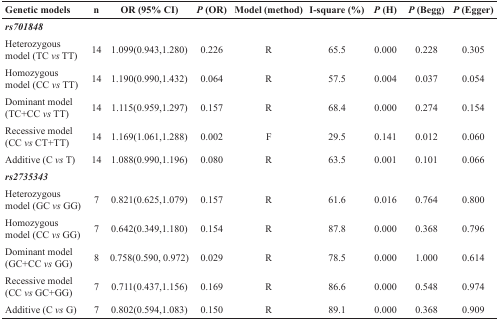
<table><thead><tr><td><b>Genetic models</b></td><td><b>n</b></td><td><b>OR (95% CI)</b></td><td><b><i>P</i> (OR)</b></td><td><b>Model (method)</b></td><td><b>I-square (%)</b></td><td><b><i>P</i> (H)</b></td><td><b><i>P</i> (Begg)</b></td><td><b><i>P</i> (Egger)</b></td></tr></thead><tbody><tr><td><b><i>rs701848</i></b></td><td></td><td></td><td></td><td></td><td></td><td></td><td></td><td></td></tr><tr><td>Heterozygous model (TC <i>vs</i> TT)</td><td>14</td><td>1.099(0.943,1.280)</td><td>0.226</td><td>R</td><td>65.5</td><td>0.000</td><td>0.228</td><td>0.305</td></tr><tr><td>Homozygous model (CC <i>vs</i> TT)</td><td>14</td><td>1.190(0.990,1.432)</td><td>0.064</td><td>R</td><td>57.5</td><td>0.004</td><td>0.037</td><td>0.054</td></tr><tr><td>Dominant model (TC+CC <i>vs</i> TT)</td><td>14</td><td>1.115(0.959,1.297)</td><td>0.157</td><td>R</td><td>68.4</td><td>0.000</td><td>0.274</td><td>0.154</td></tr><tr><td>Recessive model (CC <i>vs</i> CT+TT)</td><td>14</td><td>1.169(1.061,1.288)</td><td>0.002</td><td>F</td><td>29.5</td><td>0.141</td><td>0.012</td><td>0.060</td></tr><tr><td>Additive (C <i>vs</i> T)</td><td>14</td><td>1.088(0.990,1.196)</td><td>0.080</td><td>R</td><td>63.5</td><td>0.001</td><td>0.101</td><td>0.066</td></tr><tr><td><b><i>rs2735343</i></b></td><td></td><td></td><td></td><td></td><td></td><td></td><td></td><td></td></tr><tr><td>Heterozygous model (GC <i>vs</i> GG)</td><td>7</td><td>0.821(0.625,1.079)</td><td>0.157</td><td>R</td><td>61.6</td><td>0.016</td><td>0.764</td><td>0.800</td></tr><tr><td>Homozygous model (CC <i>vs</i> GG)</td><td>7</td><td>0.642(0.349,1.180)</td><td>0.154</td><td>R</td><td>87.8</td><td>0.000</td><td>0.368</td><td>0.796</td></tr><tr><td>Dominant model (GC+CC <i>vs</i> GG)</td><td>8</td><td>0.758(0.590, 0.972)</td><td>0.029</td><td>R</td><td>78.5</td><td>0.000</td><td>1.000</td><td>0.614</td></tr><tr><td>Recessive model (CC <i>vs</i> GC+GG)</td><td>7</td><td>0.711(0.437,1.156)</td><td>0.169</td><td>R</td><td>86.6</td><td>0.000</td><td>0.548</td><td>0.974</td></tr><tr><td>Additive (C <i>vs</i> G)</td><td>7</td><td>0.802(0.594,1.083)</td><td>0.150</td><td>R</td><td>89.1</td><td>0.000</td><td>0.368</td><td>0.909</td></tr></tbody></table>